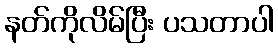
နတ်ကိုလိမ်ပြီး ပသတာပါ